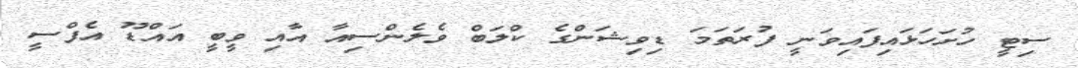
ސިޓީ ހުށަހަޅައިފައިވަނީ ފުރަތަމަ ޑިވިޝަންގެ ކްލަބް ވެލެންސިއާ އާއި ވީބީ އައްޑޫ އެފްސީ